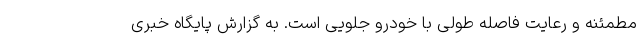
مطمئنه و رعایت فاصله طولی با خودرو جلویی است. به گزارش پایگاه خبری